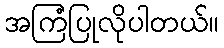
အကြံပြုလိုပါတယ်။